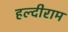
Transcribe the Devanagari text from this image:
हल्दीराम